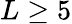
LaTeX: L\geq 5